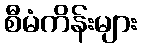
စီမံကိန်းများ